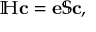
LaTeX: \mathbb { H } \mathbf { c } = \mathbf { e } \mathbb { S } \mathbf { c } ,